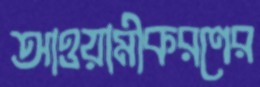
আওয়ামীকরণের